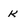
Character: k